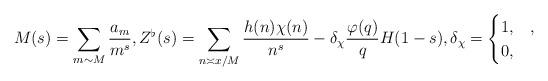
LaTeX: \begin{align*}M(s)=\sum_{m\sim M}\frac{a_m}{m^s},Z^\flat(s)=\sum_{n\asymp x/M}\frac{h(n)\chi(n)}{n^s}-\delta_\chi \frac{\varphi(q)}{q} H(1-s),\delta_\chi=\begin{cases}1,&, \\ 0,&\end{cases}\end{align*}